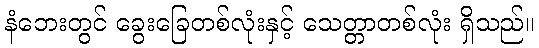
နံဘေးတွင် ခွေးခြေတစ်လုံးနှင့် သေတ္တာတစ်လုံး ရှိသည်။